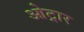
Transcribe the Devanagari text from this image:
ओट्रार